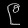
Digit: ၉